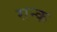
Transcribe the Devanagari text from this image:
सन्क